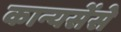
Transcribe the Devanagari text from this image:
कान्यसेंसे